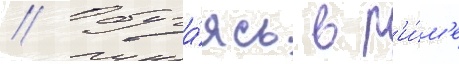
// Обуча́ясь в р'и́м'е